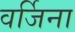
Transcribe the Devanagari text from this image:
वर्जिना